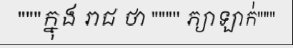
"""ក្នុង រាជ ថា """" ភ្យាឡាក់"""